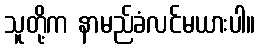
သူတို့က နာမည်ခံလင်မယားပါ။